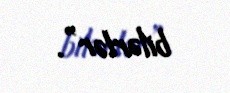
bilərlər”.